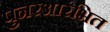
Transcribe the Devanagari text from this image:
पुनरआरंभित